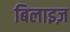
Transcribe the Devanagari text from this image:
बिलाइज़